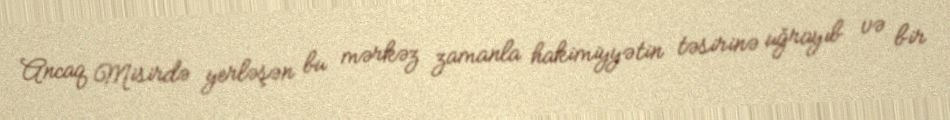
Ancaq Misirdə yerləşən bu mərkəz zamanla hakimiyyətin təsirinə uğrayıb və bir